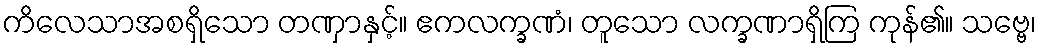
ကိလေသာအစရှိသော တဏှာနှင့်။ ဧကလက္ခဏံ၊ တူသော လက္ခဏာရှိကြ ကုန်၏။ သဗ္ဗေ၊